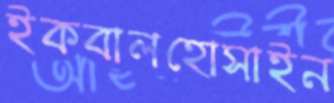
ইকবালহোসাইন